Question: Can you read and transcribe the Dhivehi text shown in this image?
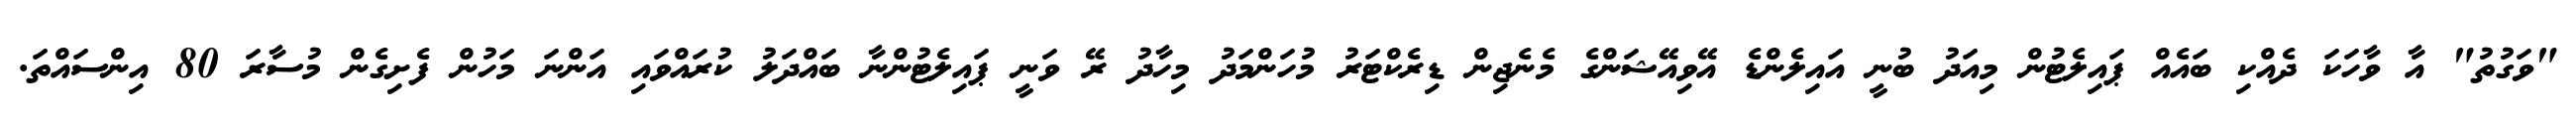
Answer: "ވަގުތު" އާ ވާހަކަ ދެއްކި ބައެއް ޕައިލެޓުން މިއަދު ބުނީ އައިލެންޑެ އޭވިއޭޝަންގެ މެނެޖިން ޑިރެކްޓަރު މުހަންމަދު މިހާދު ރޭ ވަނީ ޕައިލެޓުންނާ ބައްދަލު ކުރައްވައި އަންނަ މަހުން ފެށިގެން މުސާރަ 80 އިންސައްތަ.